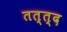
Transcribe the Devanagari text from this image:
तत्त्द